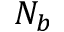
N _ { b }